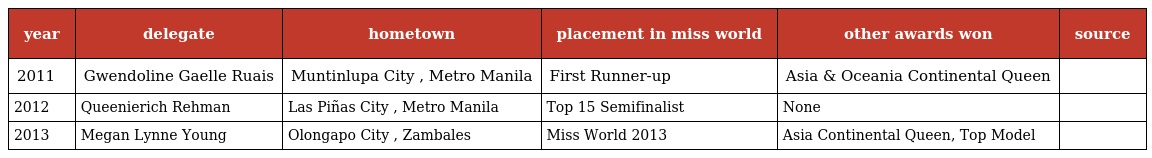
| year | delegate | hometown | placement in miss world | other awards won | source |
 | --- | --- | --- | --- | --- | --- |
 | 2011 | Gwendoline Gaelle Ruais | Muntinlupa City , Metro Manila | First Runner-up | Asia & Oceania Continental Queen |  |
 | 2012 | Queenierich Rehman | Las Piñas City , Metro Manila | Top 15 Semifinalist | None |  |
 | 2013 | Megan Lynne Young | Olongapo City , Zambales | Miss World 2013 | Asia Continental Queen, Top Model |  |